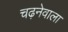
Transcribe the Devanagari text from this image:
चढ़नेवाला